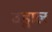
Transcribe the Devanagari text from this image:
उडुाल